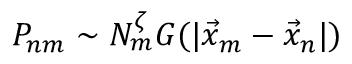
P _ { n m } \sim N _ { m } ^ { \zeta } G ( | \Vec { x } _ { m } - \Vec { x } _ { n } | )